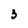
Character: 3